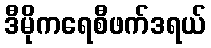
ဒီမိုကရေစီဖက်ဒရယ်